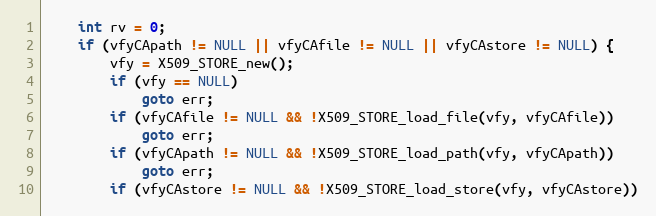
Language: C
    int rv = 0;
    if (vfyCApath != NULL || vfyCAfile != NULL || vfyCAstore != NULL) {
        vfy = X509_STORE_new();
        if (vfy == NULL)
            goto err;
        if (vfyCAfile != NULL && !X509_STORE_load_file(vfy, vfyCAfile))
            goto err;
        if (vfyCApath != NULL && !X509_STORE_load_path(vfy, vfyCApath))
            goto err;
        if (vfyCAstore != NULL && !X509_STORE_load_store(vfy, vfyCAstore))